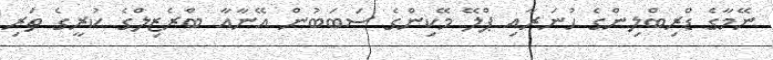
ނޭމާގެ ޑްރިބްލިންގެ ހުނަރާއި ޕްލޭ މޭކިންގެ ސަބަބުން އޭނާއާ ބްރެޒިލްގެ ކުރީގެ ތަރި